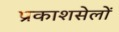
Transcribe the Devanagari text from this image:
प्रकाशसेलों